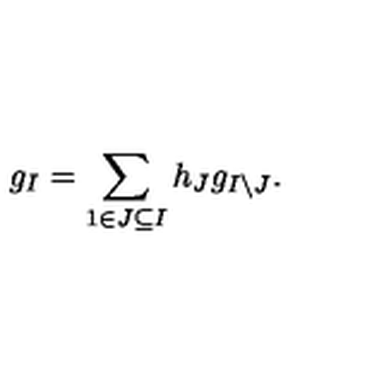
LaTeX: g _ { I } = \sum _ { 1 \in J \subseteq I } h _ { J } g _ { I \setminus J } .